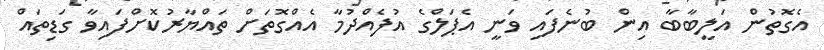
އެގޮތުން އަލީބާބާ އިން ބުނެފައި ވަނީ އެޕަލްގެ އުފެއްދުމާ އެއްގޮތަށް ތައްޔާރުކޮށްފައިވާ ގަޑިތައް